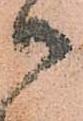
御